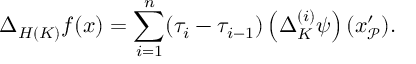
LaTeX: \Delta _ { H ( K ) } f ( x ) = \sum _ { i = 1 } ^ { n } ( \tau _ { i } - \tau _ { i - 1 } ) \left( \Delta _ { K } ^ { ( i ) } \psi \right) ( x _ { \mathcal { P } } ^ { \prime } \mathbf { ) . }